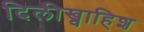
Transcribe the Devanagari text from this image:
दिलीख्वाहिश